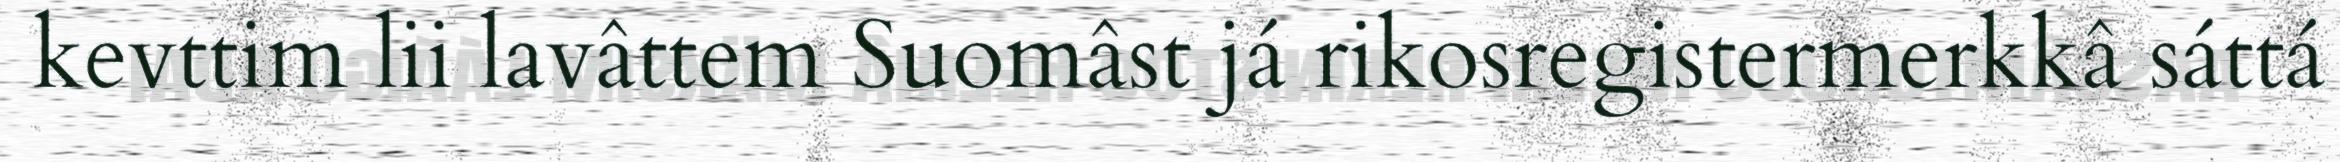
kevttim lii lavâttem Suomâst já rikosregistermerkkâ sáttá